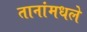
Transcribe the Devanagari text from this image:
तानांमधले